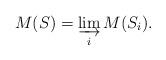
\begin{align*}M(S) = \varinjlim_i M(S_i).\end{align*}